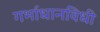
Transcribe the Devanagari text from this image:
गर्भाधानविधी